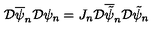
{ \cal D } \overline { { \psi } } _ { n } { \cal D } \psi _ { n } = J _ { n } { \cal D } \overline { { \tilde { \psi } } } _ { n } { \cal D } \tilde { \psi } _ { n }